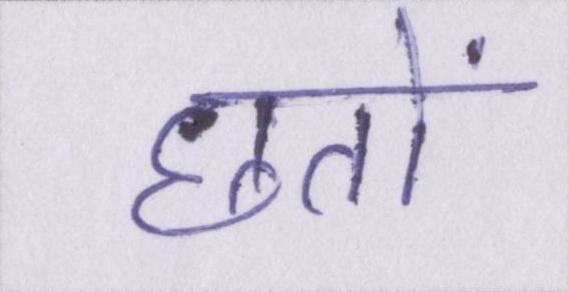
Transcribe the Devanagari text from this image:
छतों